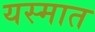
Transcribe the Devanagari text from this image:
यस्मात